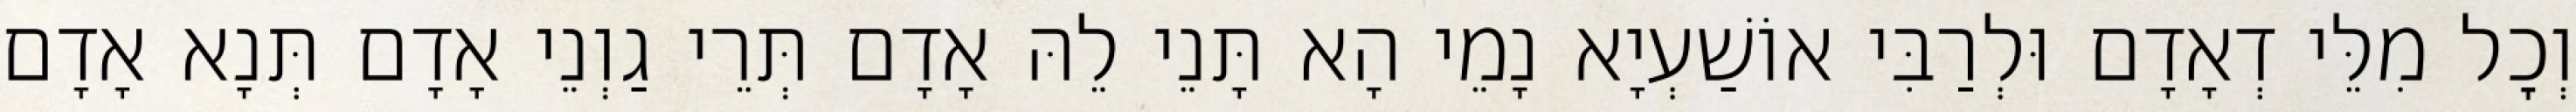
וְכׇל מִלֵּי דְאָדָם וּלְרַבִּי אוֹשַׁעְיָא נָמֵי הָא תָּנֵי לֵהּ אָדָם תְּרֵי גַוְנֵי אָדָם תְּנָא אָדָם